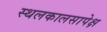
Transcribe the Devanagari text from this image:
स्थलकालसापेक्ष